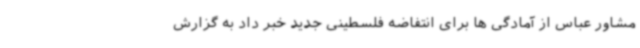
مشاور عباس از آمادگی ها برای انتفاضه فلسطینی جدید خبر داد به گزارش